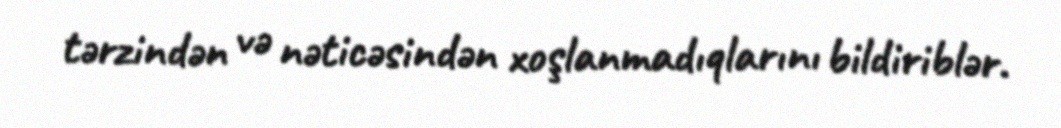
tərzindən və nəticəsindən xoşlanmadıqlarını bildiriblər.